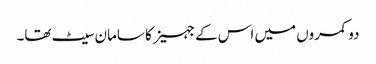
دو کمروں میں اس کے جہیز کا سامان سیٹ تھا۔